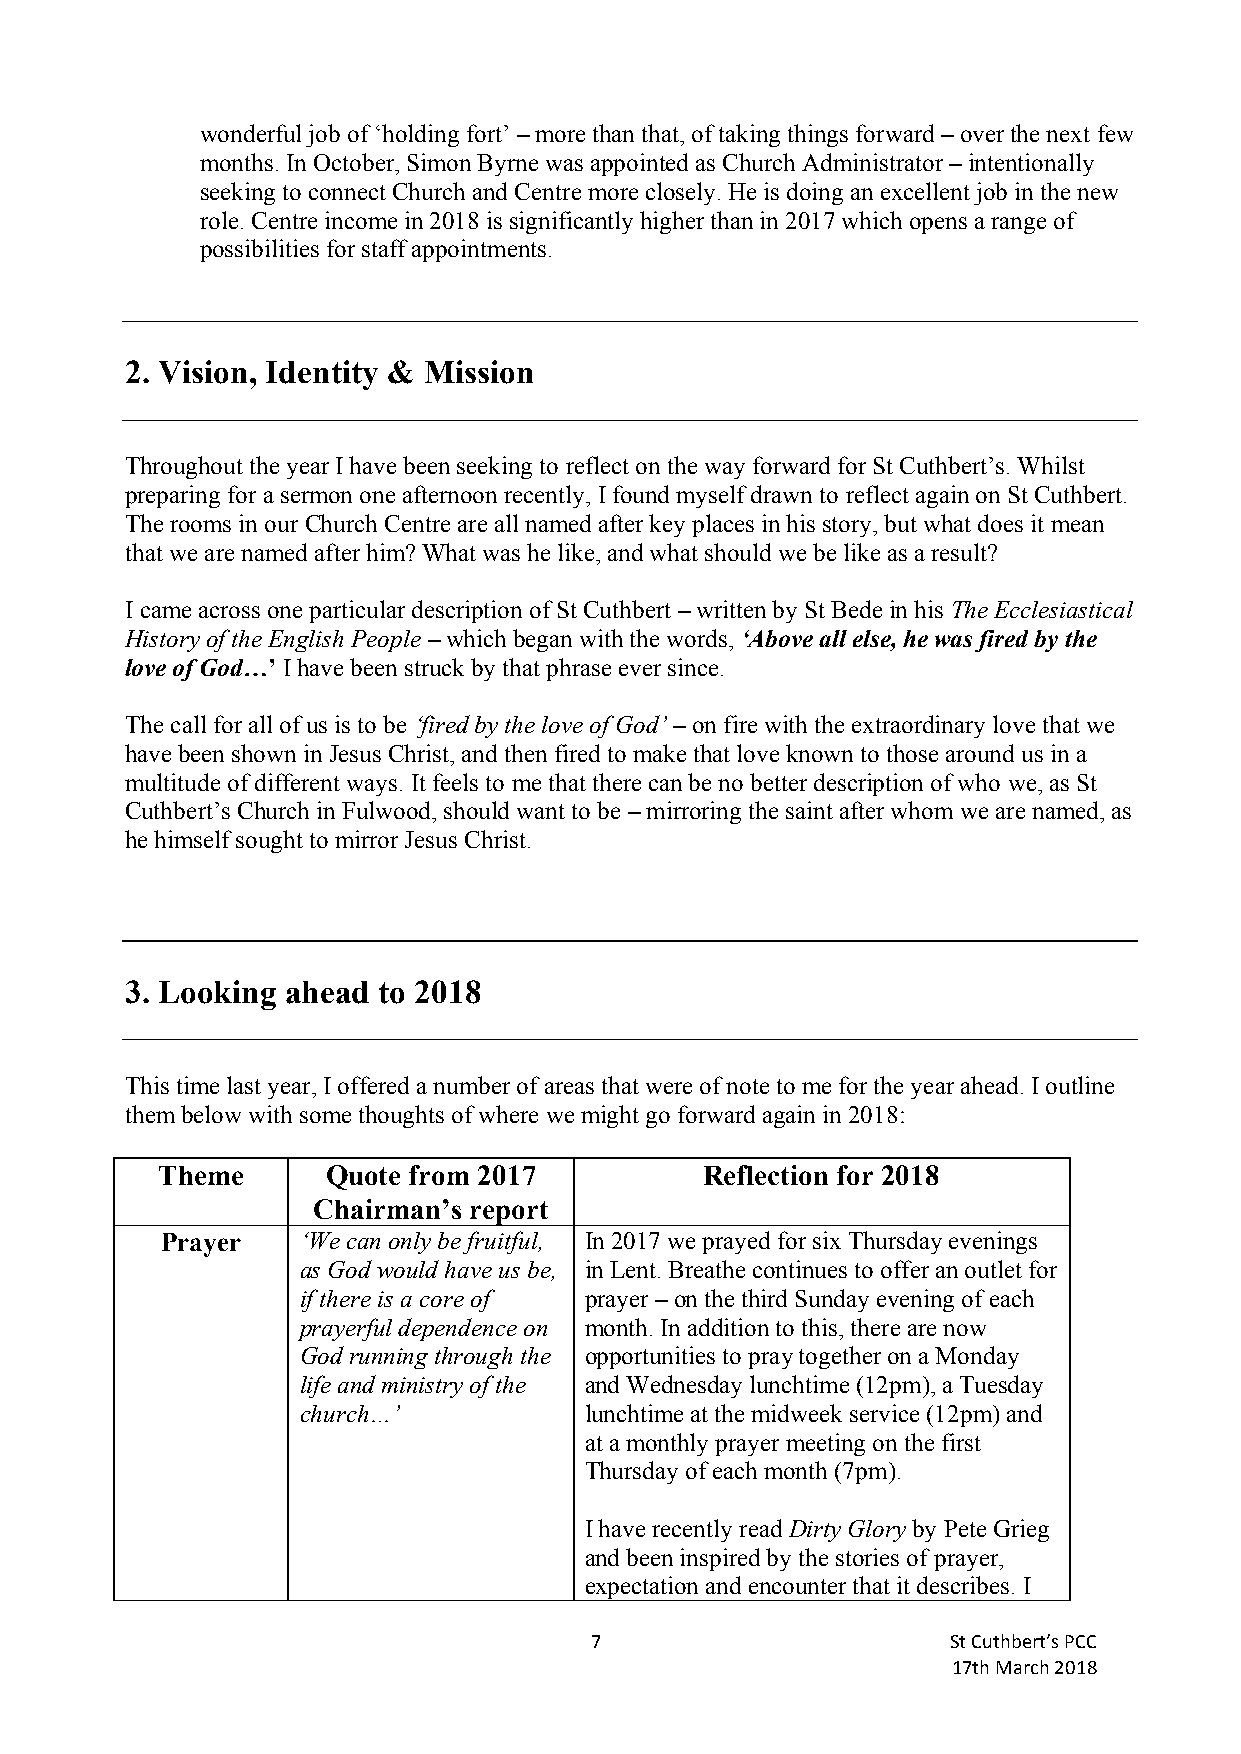
wonderful job of ‘holding fort’ – more than that, of taking things forward – over the next few
 months. In October, Simon Byrne was appointed as Church Administrator – intentionally
 seeking to connect Church and Centre more closely. He is doing an excellent job in the new
 role. Centre income in 2018 is significantly higher than in 2017 which opens a range of
 possibilities for staff appointments.
 2. Vision, Identity & Mission
 Throughout the year I have been seeking to reflect on the way forward for St Cuthbert’s. Whilst
 preparing for a sermon one afternoon recently, I found myself drawn to reflect again on St Cuthbert.
 The rooms in our Church Centre are all named after key places in his story, but what does it mean
 that we are named after him? What was he like, and what should we be like as a result?
 I came across one particular description of St Cuthbert – written by St Bede in his The Ecclesiastical
 History of the English People – which began with the words, ‘Above all else, he was fired by the
 love of God…’ I have been struck by that phrase ever since.
 The call for all of us is to be ‘fired by the love of God’ – on fire with the extraordinary love that we
 have been shown in Jesus Christ, and then fired to make that love known to those around us in a
 multitude of different ways. It feels to me that there can be no better description of who we, as St
 Cuthbert’s Church in Fulwood, should want to be – mirroring the saint after whom we are named, as
 he himself sought to mirror Jesus Christ.
 3. Looking ahead to 2018
 This time last year, I offered a number of areas that were of note to me for the year ahead. I outline
 them below with some thoughts of where we might go forward again in 2018:
 Theme       Quote from 2017          Reflection for 2018
 Chairman’s report
 Prayer   ‘We can only be fruitful, In 2017 we prayed for six Thursday evenings
 as God would have us be, in Lent. Breathe continues to offer an outlet for
 if there is a core of prayer – on the third Sunday evening of each
 prayerful dependence on month. In addition to this, there are now
 God running through the opportunities to pray together on a Monday
 life and ministry of the and Wednesday lunchtime (12pm), a Tuesday
 church…’           lunchtime at the midweek service (12pm) and
 at a monthly prayer meeting on the first
 Thursday of each month (7pm).
 I have recently read Dirty Glory by Pete Grieg
 and been inspired by the stories of prayer,
 expectation and encounter that it describes. I
 7                       St Cuthbert’s PCC
 17th March 2018